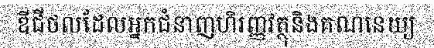
ឌីជីថលដែលអ្នកជំនាញហិរញ្ញវត្ថុនិងគណនេយ្យ